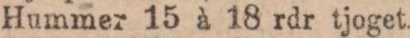
Hummer 15 à 18 rdr tjoget.